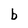
Character: b